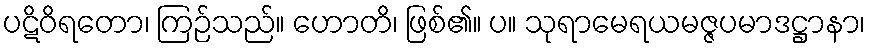
ပဋိဝိရတော၊ ကြဉ်သည်။ ဟောတိ၊ ဖြစ်၏။ ပ။ သုရာမေရယမဇ္ဇပမာဒဋ္ဌာနာ၊